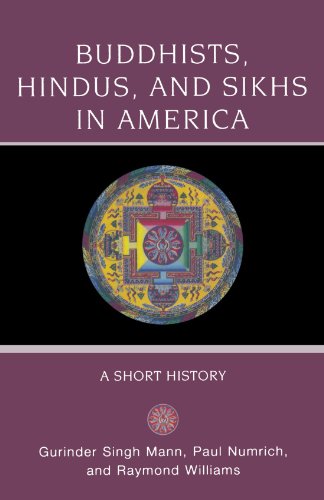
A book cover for Buddhists, Hindus and Sikhs in America: A Short History (Religion in American Life); Gurinder Singh Mann; Religion & Spirituality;